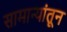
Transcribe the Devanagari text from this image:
सामान्यांतून